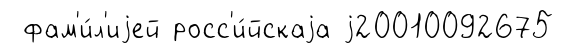
фам'и́л'иjей росс'и́йскаjа j20010092675